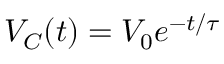
V _ { C } ( t ) = V _ { 0 } e ^ { - t / \tau }